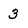
Character: 3